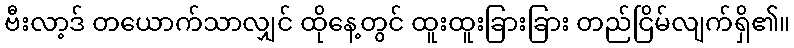
ဗီးလာ့ဒ် တယောက်သာလျှင် ထိုနေ့တွင် ထူးထူးခြားခြား တည်ငြိမ်လျက်ရှိ၏။